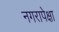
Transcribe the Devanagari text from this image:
नगरापेक्षा